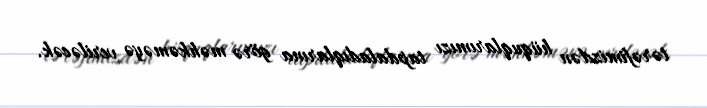
tərəfimizdən hüquqlarımızı tapdaladıqlarına görə məhkəməyə veriləcək.